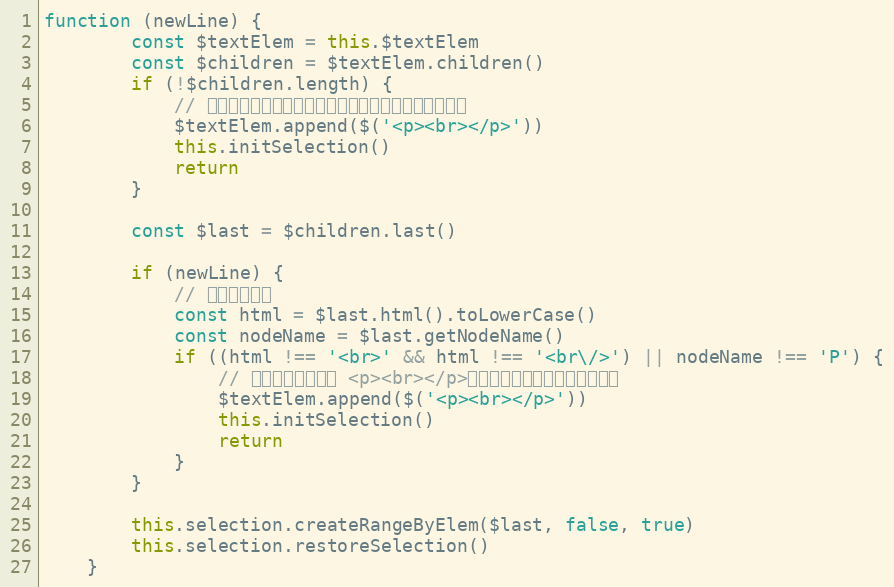
Language: JavaScript
function (newLine) {
        const $textElem = this.$textElem
        const $children = $textElem.children()
        if (!$children.length) {
            // 如果编辑器区域无内容，添加一个空行，重新设置选区
            $textElem.append($('<p><br></p>'))
            this.initSelection()
            return
        }

        const $last = $children.last()

        if (newLine) {
            // 新增一个空行
            const html = $last.html().toLowerCase()
            const nodeName = $last.getNodeName()
            if ((html !== '<br>' && html !== '<br\/>') || nodeName !== 'P') {
                // 最后一个元素不是 <p><br></p>，添加一个空行，重新设置选区
                $textElem.append($('<p><br></p>'))
                this.initSelection()
                return
            }
        }

        this.selection.createRangeByElem($last, false, true)
        this.selection.restoreSelection()
    }